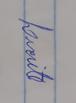
Signature authenticity: genuine